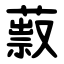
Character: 䔴